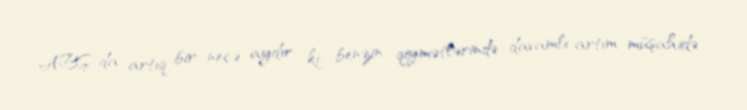
ABŞ-da artıq bir neçə aydır ki, benzin qiymətlərində davamlı artım müşahidə